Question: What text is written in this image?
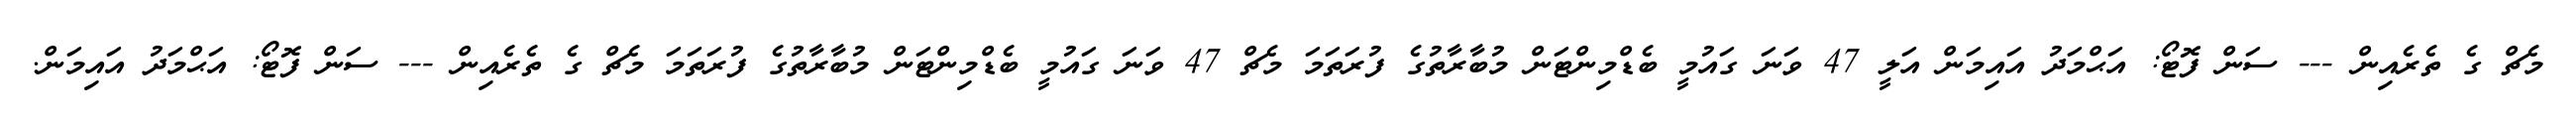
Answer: މެޗް ގެ ތެރެއިން --- ސަން ފޮޓޯ: އަޙްމަދު އައިމަން އަލީ 47 ވަނަ ގައުމީ ބެޑްމިންޓަން މުބާރާތުގެ ފުރަތަމަ މެޗް 47 ވަނަ ގައުމީ ބެޑްމިންޓަން މުބާރާތުގެ ފުރަތަމަ މެޗް ގެ ތެރެއިން --- ސަން ފޮޓޯ: އަޙްމަދު އައިމަން.